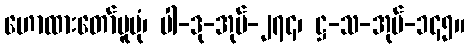
ဟောထားတော်မူပုံ၊ ပါ-ဒု-အုပ်-၂၇၄၊ ဋ္ဌ-သ-အုပ်-၁၄၅။